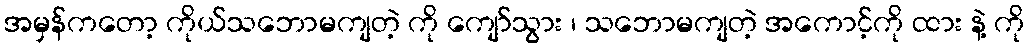
အမှန်ကတော့ ကိုယ်သဘောမကျတဲ့ ကို ကျော်သွား ၊ သဘောမကျတဲ့ အကောင့်ကို ထား နဲ့ ကို